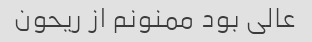
عالی بود ممنونم از ریحون